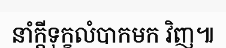
នាំក្តីទុក្ខលំបាកមក វិញ៕